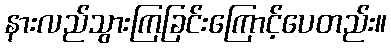
နားလည်သွားကြခြင်းကြောင့်ပေတည်း။